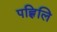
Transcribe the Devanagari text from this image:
पह्लिलि